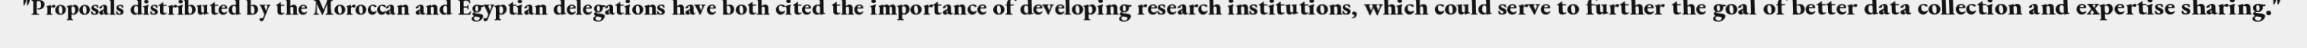
"Proposals distributed by the Moroccan and Egyptian delegations have both cited the importance of developing research institutions, which could serve to further the goal of better data collection and expertise sharing."